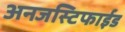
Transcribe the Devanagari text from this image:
अनजस्टिफाईड